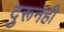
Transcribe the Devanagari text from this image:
दुरूनही